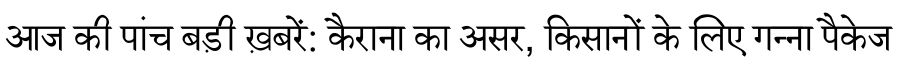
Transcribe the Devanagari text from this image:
आज की पांच बड़ी ख़बरें: कैराना का असर, किसानों के लिए गन्ना पैकेज